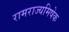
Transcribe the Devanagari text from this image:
रामराज्यमिषेक